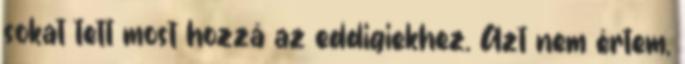
sokat tett most hozzá az eddigiekhez. Azt nem értem,